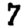
Digit: 7